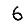
Digit: 6